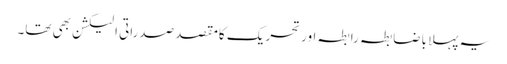
یہ پہلا باضابطہ رابطہ اور تحریک کامقصد صدراتی الیکشن بھی تھا۔